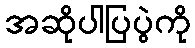
အဆိုပါပြပွဲကို